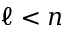
\ell < n